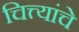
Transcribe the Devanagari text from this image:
चित्त्यांचे